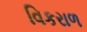
વિકરાળ